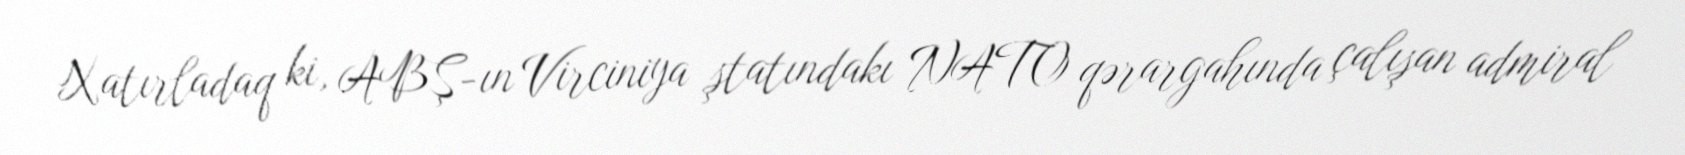
Xatırladaq ki, ABŞ-ın Virciniya ştatındakı NATO qərargahında çalışan admiral